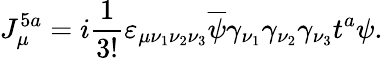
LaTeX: J_{\mu}^{5a}=i\frac{1}{3!}\varepsilon_{\mu\nu_{1}\nu_{2}\nu_{3}}\overline{{\psi}}\gamma_{\nu_{1}}\gamma_{\nu_{2}}\gamma_{\nu_{3}}t^{a}\psi.